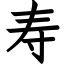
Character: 寿